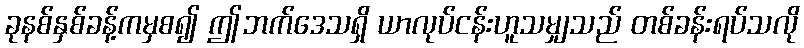
ခုနစ်နှစ်ခန့်ကမှစ၍ ဤဘက်ဒေသရှိ ယာလုပ်ငန်းဟူသမျှသည် တစ်ခန်းရပ်သလို